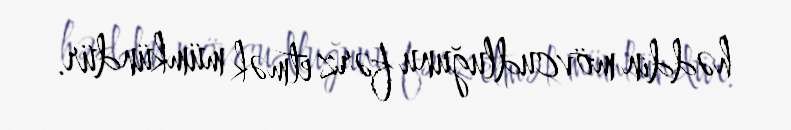
həddin mövcudluğunu fərz etmək mümkündür.